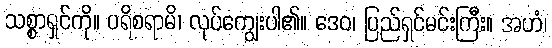
သစ္စာရှင်ကို။ ပရိစရာမိ၊ လုပ်ကျွေးပါ၏။ ဒေဝ၊ ပြည်ရှင်မင်းကြီး။ အဟံ၊